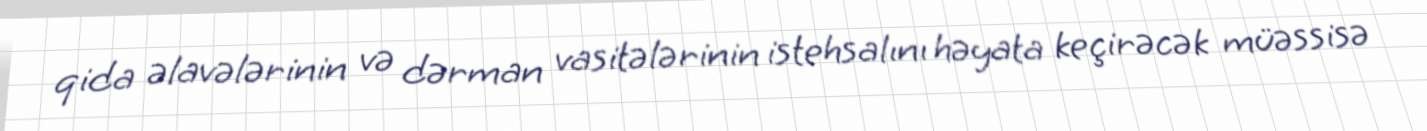
qida əlavələrinin və dərman vasitələrinin istehsalını həyata keçirəcək müəssisə